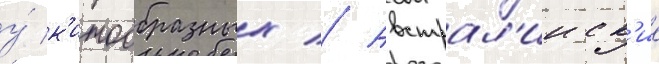
у́ к'итообразных // Австрал'ииск'ие